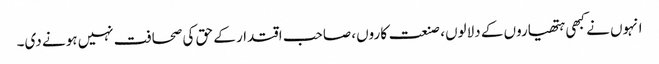
انہوں نے کبھی ہتھیاروں کے دلالوں، صنعت کاروں، صاحب اقتدار کے حق کی صحافت نہیں ہونے دی۔